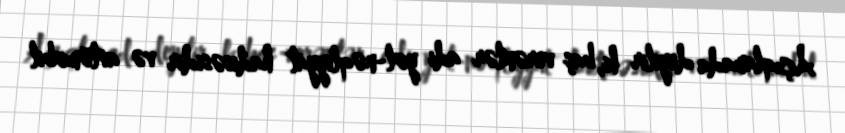
Açıqlamada deyilir ki, baş verənlər adi yol-nəqliyyat hadisəsidir və avtomobil